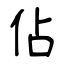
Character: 佔